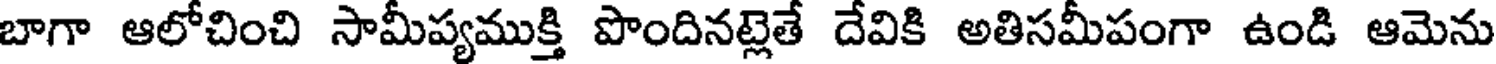
బాగా ఆలోచించి సామీప్యముక్తి పొందినట్లెతే దేవికి అతిసమీపంగా ఉండి ఆమెను